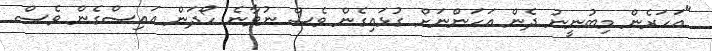
"އަހަރެން މިބުނީނު ދެން އަހަންނަށް ގުޅައިގެން ވެސް ނުވާނެ ހޯދަން އައިސްގެން ވެސް